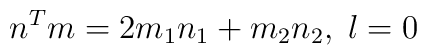
n^T m = 2 m_1 n_1 + m_2 n_2,\;l=0